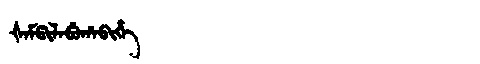
Manchu: ᡧᠠᠮᡦᡳᠯᠠᠪᡠᡥᠠᠪᡳᡥᡝ
Romanization: ŠAMPILABUHABIHE